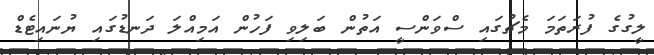
ލީގުގެ ފުރަތަމަ މެޗުގައި ސްވަންސީ އަތުން ބަލިވި ފަހުން އަމިއްލަ ދަނޑުގައި ޔުނައިޓެޑް